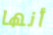
أنها